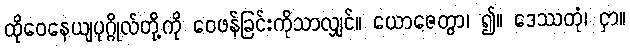
ထိုဝေနေယျပုဂ္ဂိုလ်တို့ကို ဝေဖန်ခြင်းကိုသာလျှင်။ ယောဇေတွာ၊ ၍။ ဒေဿတုံ၊ ငှာ။